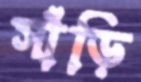
সাঁড়ি